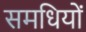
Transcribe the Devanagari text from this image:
समधियों